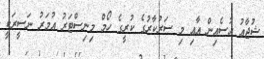
ޝުޖާޢު ހުސެއިން އާއި މި ސަރުކާރުގެ ކުރީގެ ހޯމް މިނިސްޓަރު އުމަރު ނަސީރަކީ